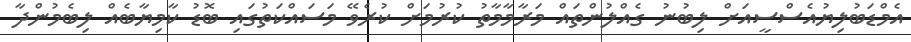
އެމްޑަބުލިޔުއެސްސީއަށް ލިބުނު ގެއްލުންތައް މަރާމާމާތު ކުރުމަށް ކުރެވޭ މަސައްކަތުގައި ބޮޑު ކާމިޔާބެއް ލިބެމުންދާ